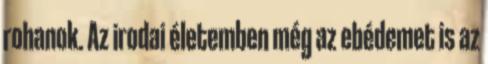
rohanok. Az irodai életemben még az ebédemet is az